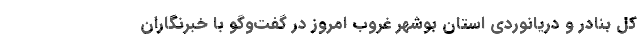
کل بنادر و دریانوردی استان بوشهر غروب امروز در گفت‌وگو با خبرنگاران